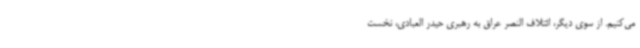
می‌کنیم. از سوی دیگر، ائتلاف النصر عراق به رهبری حیدر العبادی، نخست